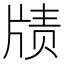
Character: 𱭜